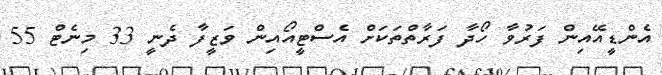
އެންޑީއޭއިން ފަރުވާ ހޯދާ ފަރާތްތަކަށް އެސްޓީއޯއިން ވަޒީފާ ދެނީ 33 މިނެޓް 55